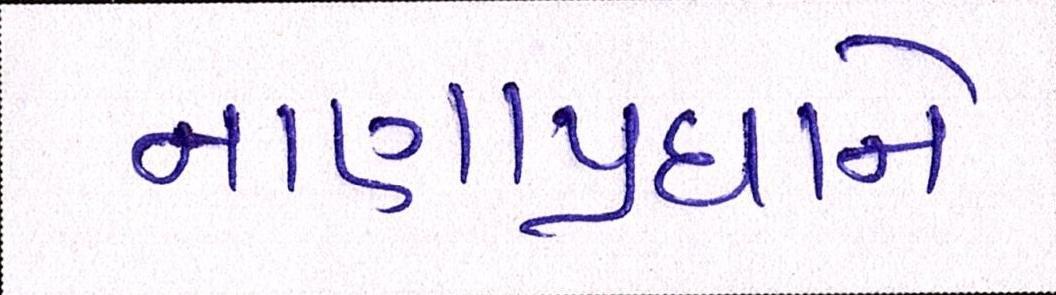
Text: નાણાંપ્રધાને